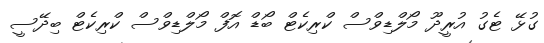
ގުޅޭ ޓެގު އުރީދޫ މޯލްޑިވްސް ކްރިކެޓް ބޯޑް އޮފް މޯލްޑިވްސް ކްރިކެޓް ބިދޭސީ